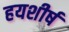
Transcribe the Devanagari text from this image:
हयशीर्ष